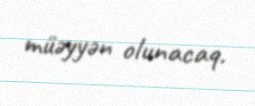
müəyyən olunacaq.